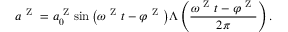
a ^ { \mathrm { ~ Z ~ } } = a _ { 0 } ^ { \mathrm { ~ Z ~ } } { \sin \left( { \omega ^ { \mathrm { ~ Z ~ } } t - \varphi ^ { \mathrm { ~ Z ~ } } } \right) } \Lambda \left( \frac { \omega ^ { \mathrm { ~ Z ~ } } t - \varphi ^ { \mathrm { ~ Z ~ } } } { 2 \pi } \right) .